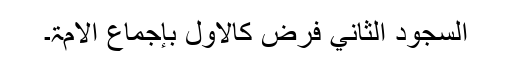
السجود الثاني فرض کالأول بإجماع الأمۃ۔